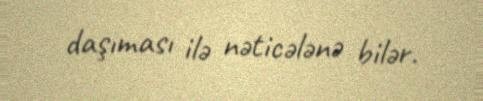
daşıması ilə nəticələnə bilər.